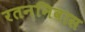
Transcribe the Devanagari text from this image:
रतननिवास